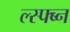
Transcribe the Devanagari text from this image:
ल्स्फ्ब्न